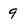
Character: 9